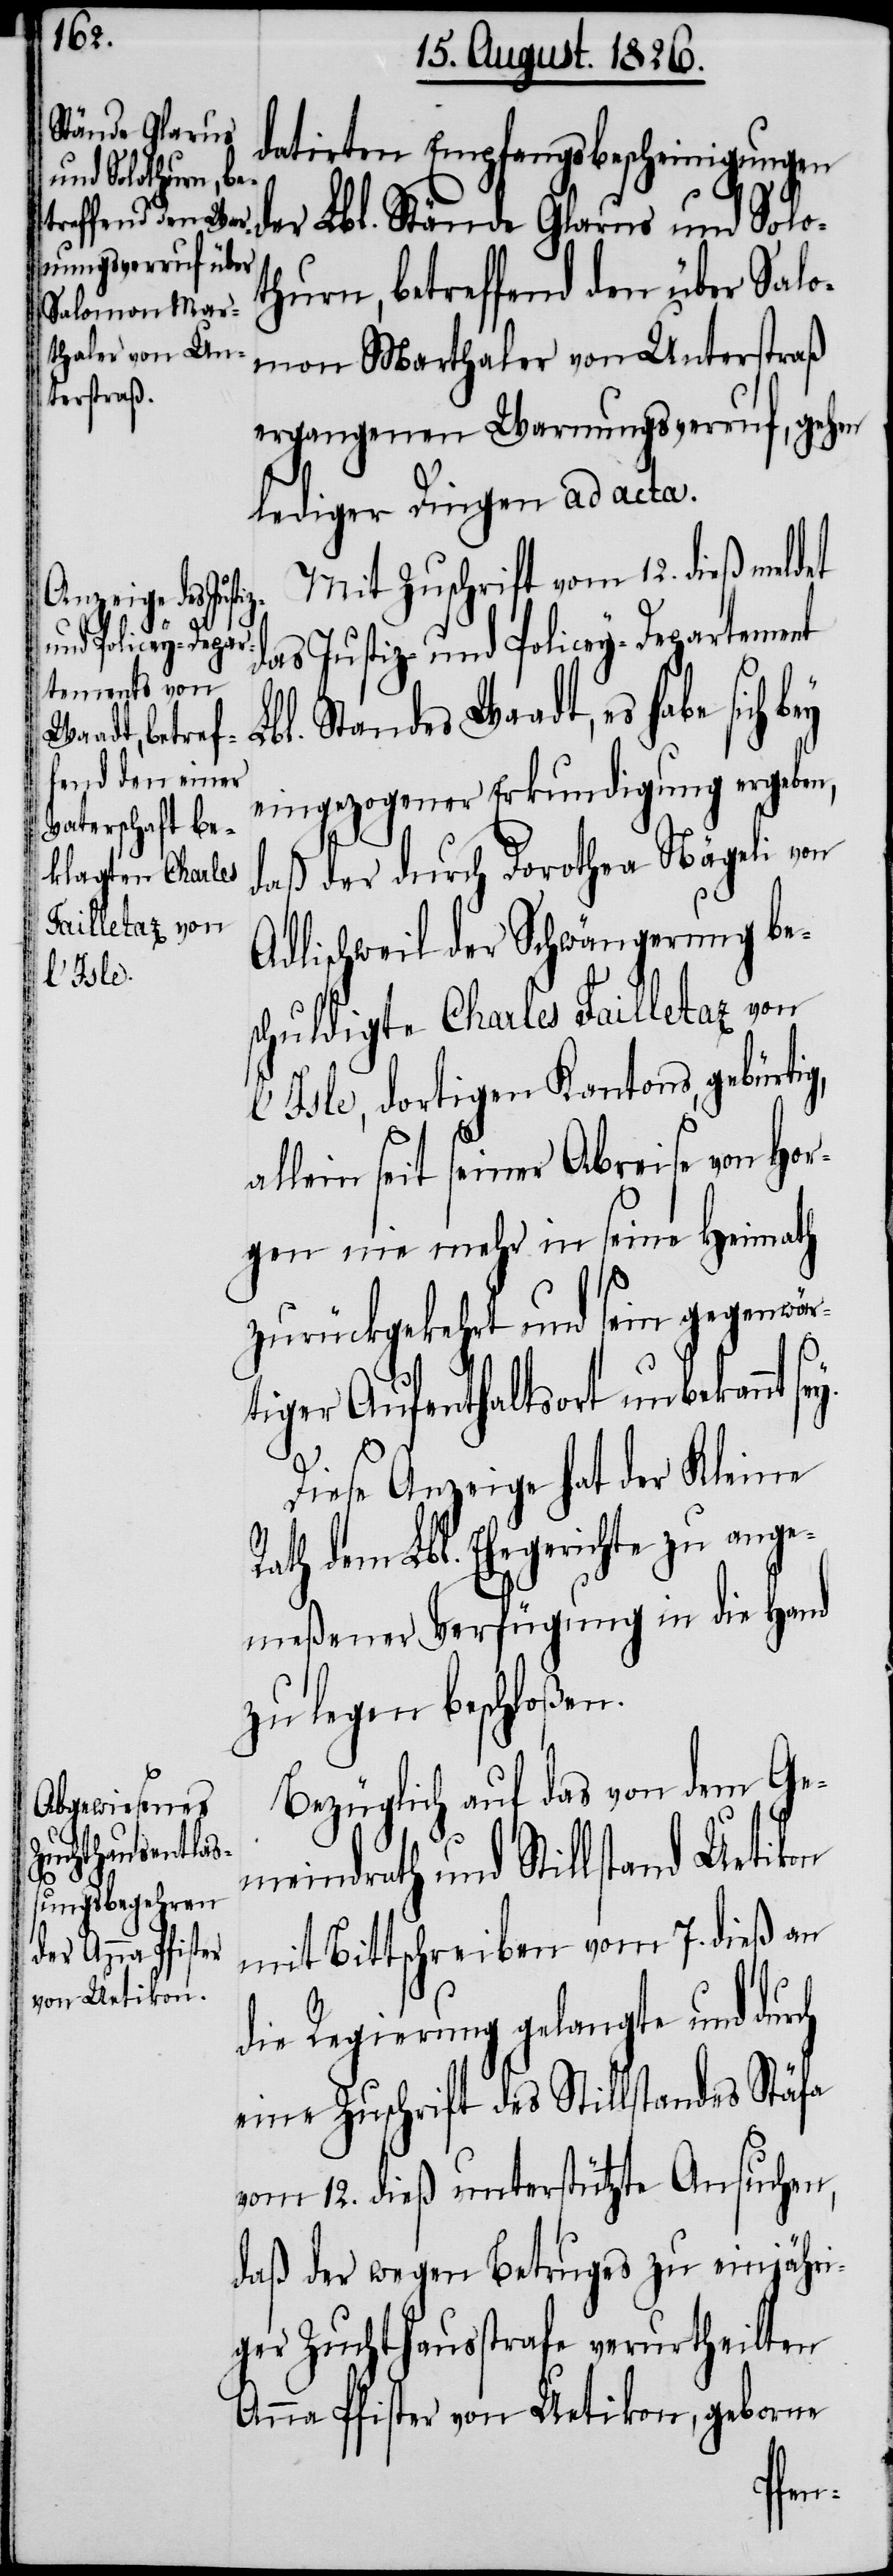
datirten Empfangsbescheinigungen
der Lbl. Stände Glarus und Solo¬
thurn, betreffend den über Salo¬
mon Marthaler von Unterstraß
ergangenen Warnungsverruf, gehe
lediger Dingen ad acta.
Mit Zuschrift vom 12. dieß meldet
g,
das Justiz- und Policey-Departement
bl. Standes Waadt, es habe
eingezogener Erkundigung ergeben,
daß der durch Dorothea Nägeli von
Adlischweil der Schwängerung be¬
schuldigte Charles Failletaz von
L’Isle, dortigen Kantons, gebürti¬
allein seit seiner Abreise von Hor¬
gen nie mehr in seine Heimath
zurückgekehrt und sein gegenwär¬
tiger Aufenthaltsort unbekannt
Diese Anzeige hat der Kleine
Rath dem Lbl. Ehegerichte zu ange¬
meßener Verfügung in die Hand
zu legen beschloßen.
Bezüglich auf das von dem Ge¬
meindrath und Stillstand Uetikon
mit Bittschreiben vom 7. dieß an
die Regierung gelangte und durch
eine Zuschrift des Stillstandes Stäfa
vom 12. dieß unterstützte Ansuchen,
daß der wegen Betruges zu einjähri¬
ger Zuchthausstrafe verurtheilten
Anna Pfister von Uetikon, geborne